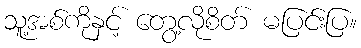
သူ့အစ်ကိုနှင့် တွေ့လိုစိတ် မပြင်းပြ။